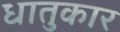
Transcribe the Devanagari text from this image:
धातुकार